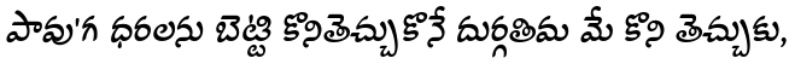
పావు'గ ధరలను బెట్టి కొనితెచ్చుకొనే దుర్గతిమ మే కొని తెచ్చుకు,